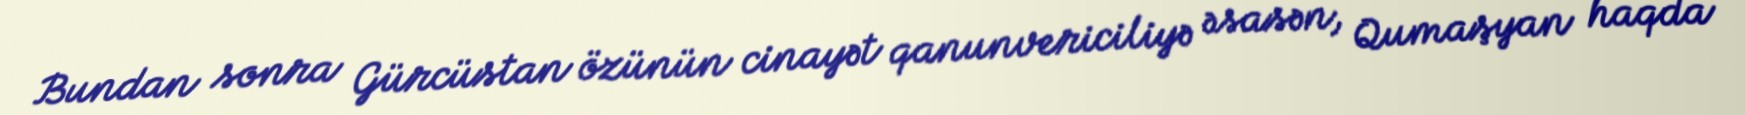
Bundan sonra Gürcüstan özünün cinayət qanunvericiliyə əsasən, Qumaşyan haqda